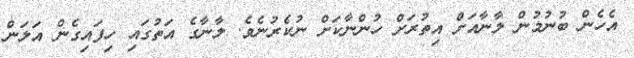
އެހެން ބުނުމުން ލާނާއަށް އިތުރަށް ހުންނާކަށް ނުކެރުނެވެ. ލާނާގެ އަތުގައި ހިފައިގެން އަލަން